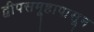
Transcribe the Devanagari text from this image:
द्वीपसमूहापासून